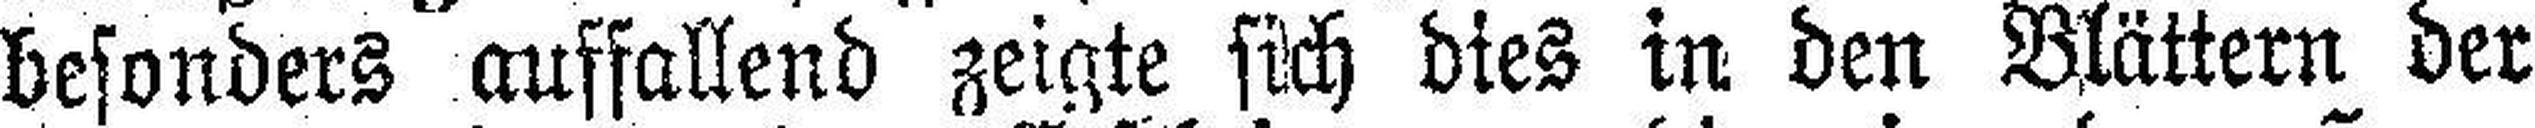
besonders auffallend zeigte sich dies in den Blättern der